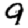
Digit: 9